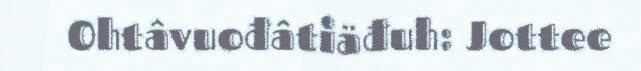
Ohtâvuođâtiäđuh: Jottee